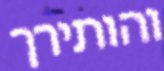
והותירך